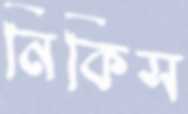
নিকিস